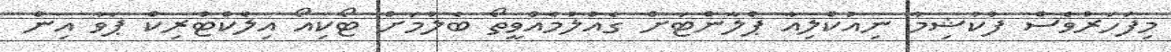
މިފަހަރުވެސް ފުކުޝިމާ ނިއުކްލިއާ ޕްލާންޓަށް ގެއްލުމެއްވީތޯ ބެލުމަށް ޓޯކިއޯ އިލެކްޓްރިކް ޕަވާ އިން